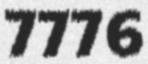
7776